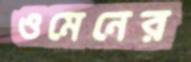
ওমেনের